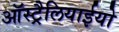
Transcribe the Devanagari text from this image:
ऑस्ट्रैलियाईयो